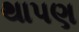
થાપણ